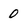
Character: 0